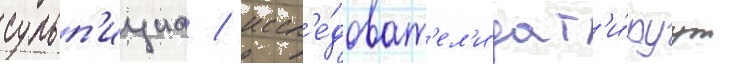
сульп'ициа / иссл'е́доват'ел'и дат'и́руут